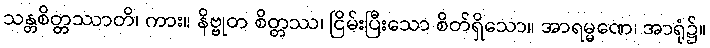
သန္တစိတ္တဿာတိ၊ ကား။ နိဗ္ဗုတ စိတ္တဿ၊ ငြိမ်းပြီးသော စိတ်ရှိသော။ အာရမ္မဏေ၊ အာရုံ၌။